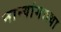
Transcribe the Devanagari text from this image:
नान्यांगाच्या